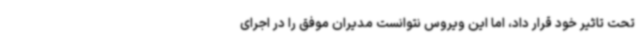
تحت تاثیر خود قرار داد، اما این ویروس نتوانست مدیران موفق را در اجرای